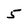
Character: 5